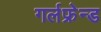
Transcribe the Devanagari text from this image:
गर्लफ्रेन्ड